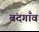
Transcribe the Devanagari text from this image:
बंदगाँव